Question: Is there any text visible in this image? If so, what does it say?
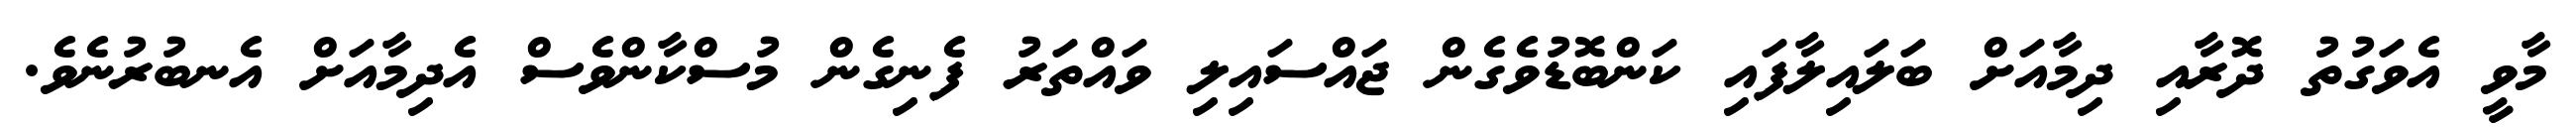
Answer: މާވީ އެވަގުތު ދޮރާއި ދިމާއަށް ބަލައިލާފައި ކަންބޮޑުވެގެން ޖައްސައިލި ވައްތަރު ފެނިގެން މުސްކާންވެސް އެދިމާއަށް އެނބުރުނެވެ.